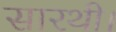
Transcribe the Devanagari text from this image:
सारथी।